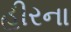
હીરના